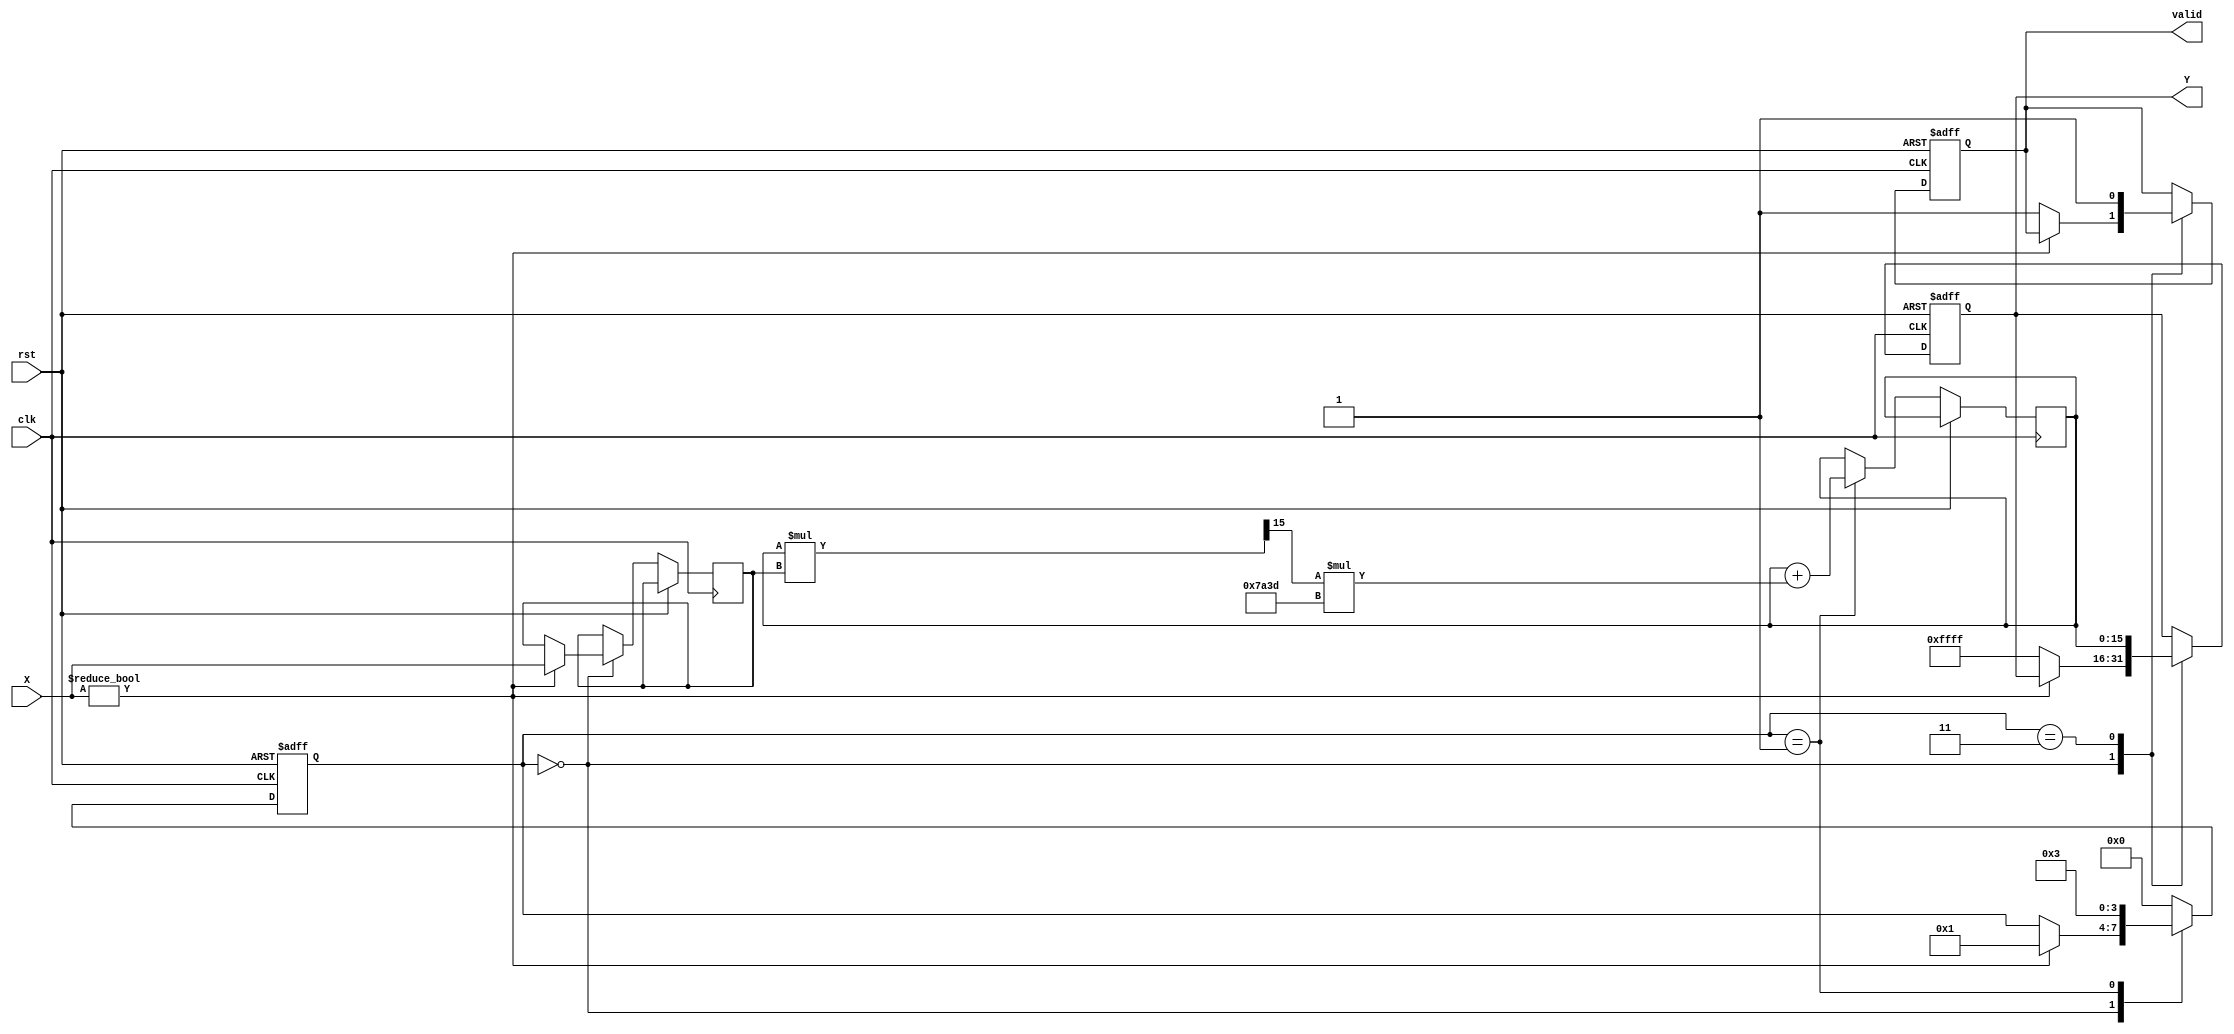
module poly_reciprocal (
    input wire [15:0] X,      // Input value (fixed-point, 16 bits)
    input wire clk,           // Clock signal
    input wire rst,           // Reset signal
    output reg [15:0] Y,      // Output value (reciprocal, fixed-point, 16 bits)
    output reg valid          // Output valid signal
);

    // Polynomial coefficients for approximation (example coefficients)
    parameter a0 = 16'h1C71; // Coefficient for X^0
    parameter a1 = 16'hE1F0; // Coefficient for X^1
    parameter a2 = 16'hB4C2; // Coefficient for X^2
    parameter a3 = 16'h7A3D; // Coefficient for X^3

    reg [15:0] X_norm;        // Normalized input
    reg [15:0] Y_approx;      // Approximate reciprocal
    reg [3:0] state;          // State variable for control logic

    // State encoding
    localparam IDLE = 4'b0000,
               NORM = 4'b0001,
               POLY_EVAL = 4'b0010,
               OUTPUT = 4'b0011;

    // Normalization and polynomial evaluation
    always @(posedge clk or posedge rst) begin
        if (rst) begin
            Y <= 16'h0000;
            valid <= 1'b0;
            state <= IDLE;
        end else begin
            case (state)
                IDLE: begin
                    if (X != 16'h0000) begin // Check for zero input
                        // Normalize input to [1, 2) range
                        X_norm <= X; // Assume input is already in range for simplicity
                        state <= NORM;
                    end else begin
                        Y <= 16'hFFFF; // Indicate error for zero input
                        valid <= 1'b1;
                    end
                end

                NORM: begin
                    // Polynomial evaluation using Horner's method
                    Y_approx <= a0 + (X_norm * a1) >> 15; // a0 + a1 * X
                    Y_approx <= Y_approx + ((Y_approx * X_norm) >> 15) * a2; // + a2 * X^2
                    Y_approx <= Y_approx + ((Y_approx * X_norm) >> 15) * a3; // + a3 * X^3
                    state <= OUTPUT;
                end

                OUTPUT: begin
                    Y <= Y_approx; // Output the computed reciprocal
                    valid <= 1'b1; // Indicate valid output
                    state <= IDLE; // Go back to IDLE
                end

                default: state <= IDLE; // Default case
            endcase
        end
    end

endmodule